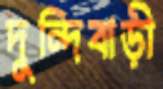
দুন্দিবাড়ী